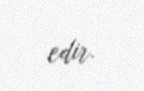
edir.